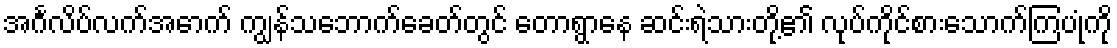
အင်္ဂလိပ်လက်အောက် ကျွန်သဘောက်ခေတ်တွင် တောရွာနေ ဆင်းရဲသားတို့၏ လုပ်ကိုင်စားသောက်ကြပုံကို